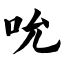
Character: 吮